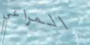
المراعي